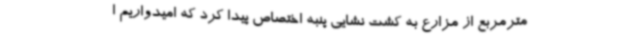
مترمربع از مزارع به کشت نشایی پنبه اختصاص پیدا کرد که امیدواریم ا